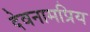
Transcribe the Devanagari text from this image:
देवनामप्रिय